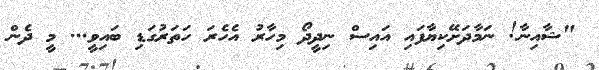
"ޝާއިނާ! ނަމާދަށޭކިޔާފައި އައިސް ނިދީދޯ މިހާރު އެހެރަ ހަތަރުގަޑި ބައިވީ... މީ ދެން